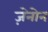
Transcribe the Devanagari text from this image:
ज़ेनोन